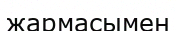
жармасымен